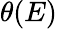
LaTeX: \theta(E)